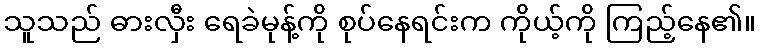
သူသည် ဓားလှီး ရေခဲမုန့်ကို စုပ်နေရင်းက ကိုယ့်ကို ကြည့်နေ၏။